Civil Veterinary Department Bihar & Orissa reports 1911-21 - 1911-1921
Year: 1911
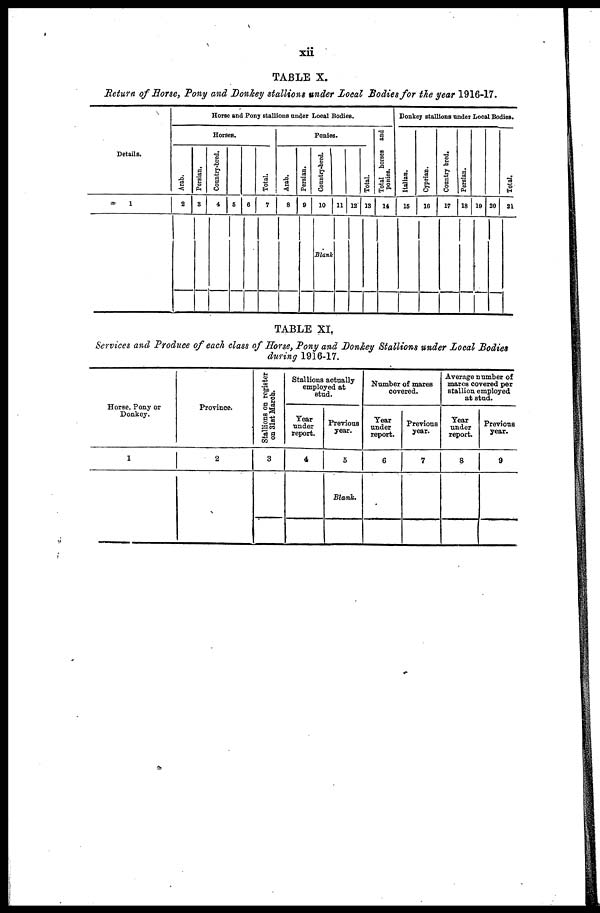
xii
TABLE X.
Return of Horse, Pony and Donkey stallions under Local Bodies for the year 1916-17.
Details.
1
Horse and Pony stallions under Local Bodies.
Horses.
2
Blank
3
4
6
6 7
Ponies.
8 9 10 11 12 13
Tot al hor s es and
ponies.
14
Donkey stallions under Local Bodies.
Italian.
15
Cyprian.
16
Country bred.
17
Persian.
18 19 20
Total.
21
TABLE XI
Services and Produce of each class of Horse, Pony and Donkey Stallions under Local Bodies
during 1916-17.
Horse, Pony or
Donkey.
1
Province.
2
Stallions on register
on 31st March.
3
Stallions actually
employed at
stud.
Tear
under
report.
4
Previous
year.
5
Blank.
Number of mares
covered.
Tear
under
report.
6
Previous
year.
7
Average number of
mares covered per
stallion employed
at stud.
Tear
under
report.
8
Previous
year.
9